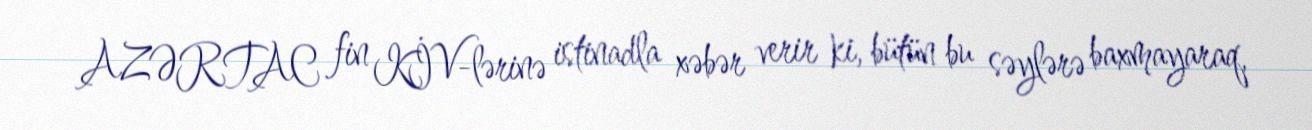
AZƏRTAC fin KİV-lərinə istinadla xəbər verir ki, bütün bu səylərə baxmayaraq,